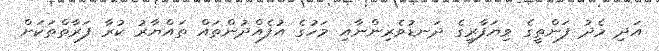
އަދި މެދު ފަންތީގެ ވިޔަފާރީގެ ދަނޑުވެރިންނާއި މަހުގެ އުފެއްދުންތައް ތައްޔާރު ކުރާ ފަރާތްތަކަށް